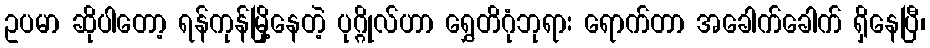
ဥပမာ ဆိုပါတော့ ရန်ကုန်မြို့နေတဲ့ ပုဂ္ဂိုလ်ဟာ ရွှေတိဂုံဘုရား ရောက်တာ အခေါက်ခေါက် ရှိနေပြီ၊